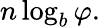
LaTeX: n\log_{b}\varphi.